Civil Veterinary Dept. Bombay admin report 1900-1906 - 1900-1906
Year: 1900
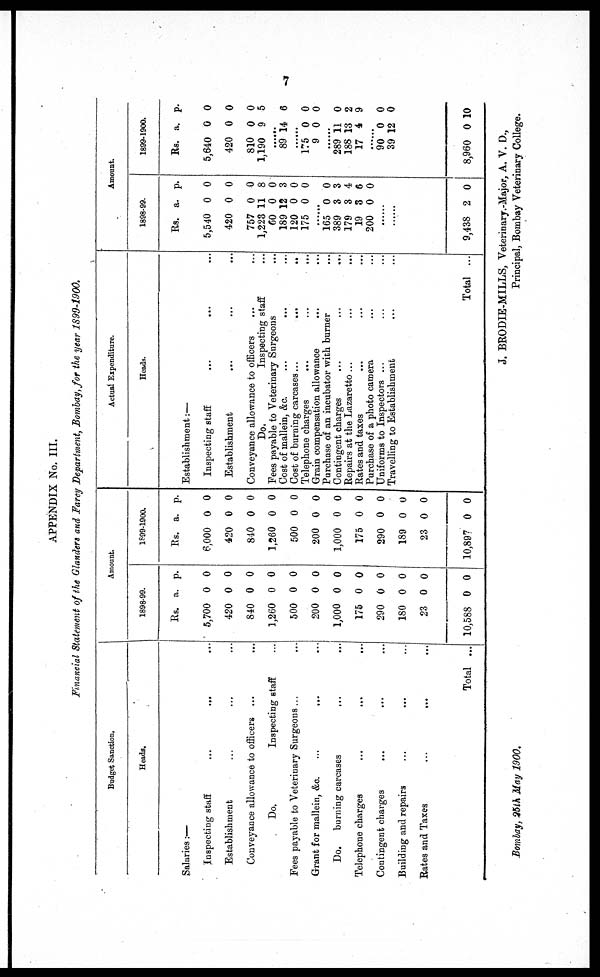
7
APPENDIX No. III.
Financial Statement of the Glanders and Farcy Department, Bombay, for the year 1899-1900.
Budget Sanction.
Heads.
Salaries:—
Inspecting staff
...
...
...
Establishment ... ... ...
Conveyance allowance to officers ... ...
Do,
Inspecting staff ...
Fees payable to Veterinary Surgeons ... ...
Grant for mallein, &c.
...
...
Do.
burning carcases
... ...
Telephone charges
...
...
...
Contingent charges
...
... ...
Building and repairs ... ... ...
Rates and Taxes
...
... ...
Total ...
Amount.
1898-99.
Rs.
5,700
420
840
1,260
500
200
1,000
175
290
180
23
10,588
a.
0
0
0
0
0
0
0
0
0
0
0
0
p.
0
0
0
0
0
0
0
0
0
0
0
0
1899-1900.
Rs.
6,000
420
840
1,260
500
200
1,000
175
290
189
23
10,897
a.
0
0
0
0
0
0
0
0
0
0
0
0
p.
0
0
0
0
0
0
0
0
0
0
0
0
Actual Expenditure.
Heads.
Establishment:—
Inspecting staff ... ... ...
Establishment ... ... ...
Conveyance allowance to officers ... ...
Do.
Inspecting staff ...
Fees payable to Veterinary Surgeons ...
Cost of mallein, &c. ... ... ...
Cost of burning carcases ...
...
..
Telephone charges ... ... ...
Grain compensation allowance ... ...
Purchase of an incubator with burner ...
Contingent charges ... ... ...
Repairs at the Lazaretto ... ... ...
Rates and taxes ... ... ...
Purchase of a photo camera ... ...
Uniforms to Inspectors ... ... ...
Travelling to Establishment ... ...
Total ...
Amount.
1898-99.
Rs.
5,540
420
757
1,223
60
189
120
175
......
165
389
179
19
200
...
......
9,438
a.
0
0
0
11
0
12
0
0
0
3
3
3
0
2
p.
0
0
0
8
0
3
0
0
0
3
4
6
0
0
1899-1900.
Rs.
5,640
420
810
1,190
......
89
......
175
9
......
289
188
17
......
90
39 1
8,960
a.
0
0
0
9
14
0
0
11
13
4
0
2
0
p.
0
0
0
5
6
0
0
0
2
9
0
0
10
Bombay 25th May 1900.
J. BRODIE-MILLS, Veterinary.-Major, A. V. D.,
Principal, Bombay Veterinary College.